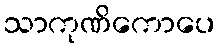
သာကုဏိကောပေ